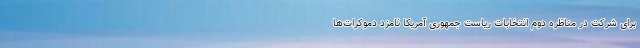
برای شرکت در مناظره دوم انتخابات ریاست جمهوری آمریکا نامزد دموکرات‌ها